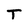
Character: T